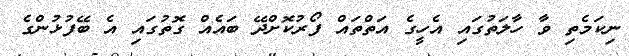
ނިކަމެތި ވާ ހާލަތުގައި އެހީގެ އަތްތައް ފޯރުކޮށްދޭ ބައެއް ގޮތުގައި އެ ބޭފުޅުންގެ